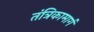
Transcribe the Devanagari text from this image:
तंत्रिकामार्ग